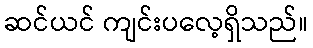
ဆင်ယင် ကျင်းပလေ့ရှိသည်။